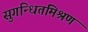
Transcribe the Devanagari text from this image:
सुगन्धितमिश्रण